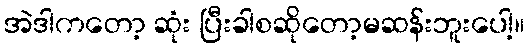
အဲဒါကတော့ ဆုံး ပြီးခါစဆိုတော့မဆန်းဘူးပေါ့။